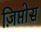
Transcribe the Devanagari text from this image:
ज़िप्तोस